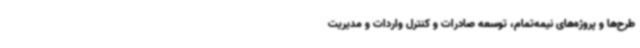
طرح‌ها و پروژه‌های نیمه‌تمام، توسعه صادرات و کنترل واردات و مدیریت